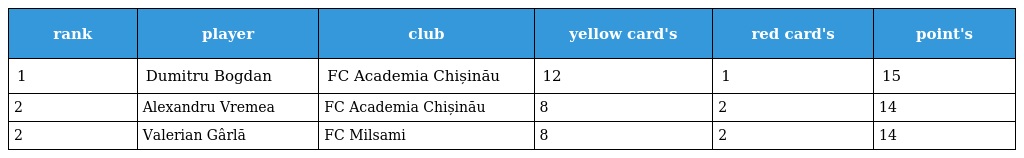
| rank | player | club | yellow card's | red card's | point's |
 | --- | --- | --- | --- | --- | --- |
 | 1 | Dumitru Bogdan | FC Academia Chișinău | 12 | 1 | 15 |
 | 2 | Alexandru Vremea | FC Academia Chișinău | 8 | 2 | 14 |
 | 2 | Valerian Gârlă | FC Milsami | 8 | 2 | 14 |